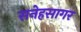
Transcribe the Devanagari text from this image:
सनेहसागर